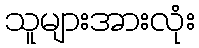
သူများအားလုံး